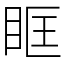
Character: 眶